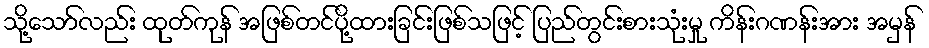
သို့သော်လည်း ထုတ်ကုန် အဖြစ်တင်ပို့ထားခြင်းဖြစ်သဖြင့် ပြည်တွင်းစားသုံးမှု ကိန်းဂဏန်းအား အမှန်